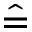
\hat { = }